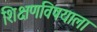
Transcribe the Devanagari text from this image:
शिक्षणविषयाला